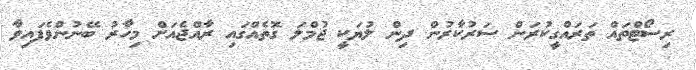
ރިސޯޓްތައް ތަރައްގީކުރަން ސަރުކާރުން ދިން ލުޔަކީ ޖުމްލަ ގޮތެއްގައި ރާއްޖެއަށް މިހާރު ބޭނުންވެފައިވާ